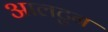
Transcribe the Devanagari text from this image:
आलटुन